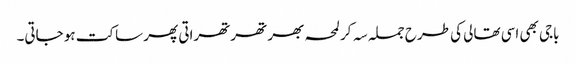
باجی بھی اسی تھالی کی طرح جملہ سہ کر لمحہ بھر تھرتھراتی پھر ساکت ہو جاتی۔